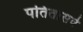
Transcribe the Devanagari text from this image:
पतितासवे